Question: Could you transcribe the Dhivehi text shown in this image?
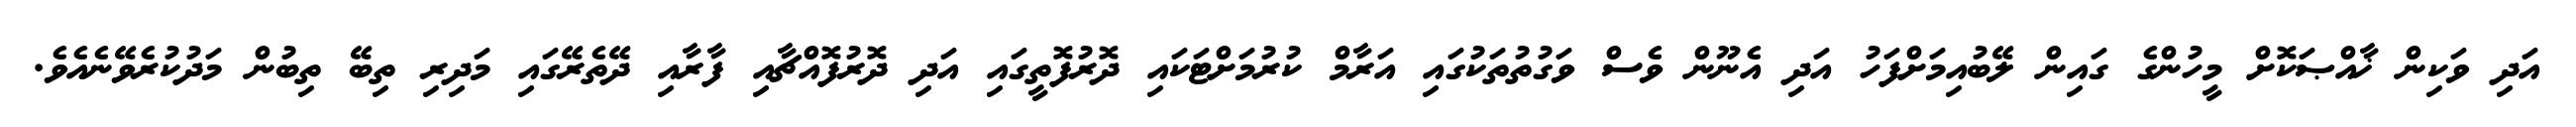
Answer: އަދި ވަކިން ޚާއްޞަކޮށް މީހުންގެ ގައިން ލޭބުއިމަށްފަހު އަދި އެނޫން ވެސް ވަގުތުތަކުގައި އަރާމް ކުރުމަށްޓަކައި ދޮރުފޮތީގައި އަދި ދޮރުފޮއްޗާއި ފާރާއި ދޭތެރޭގައި މަދިރި ތިބޭ ތިބުން މަދުކުރެވޭނެއެވެ.